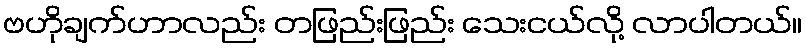
ဗဟိုချက်ဟာလည်း တဖြည်းဖြည်း သေးငယ်လို့ လာပါတယ်။